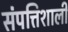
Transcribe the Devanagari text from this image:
संपत्तिशाली